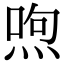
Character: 喣